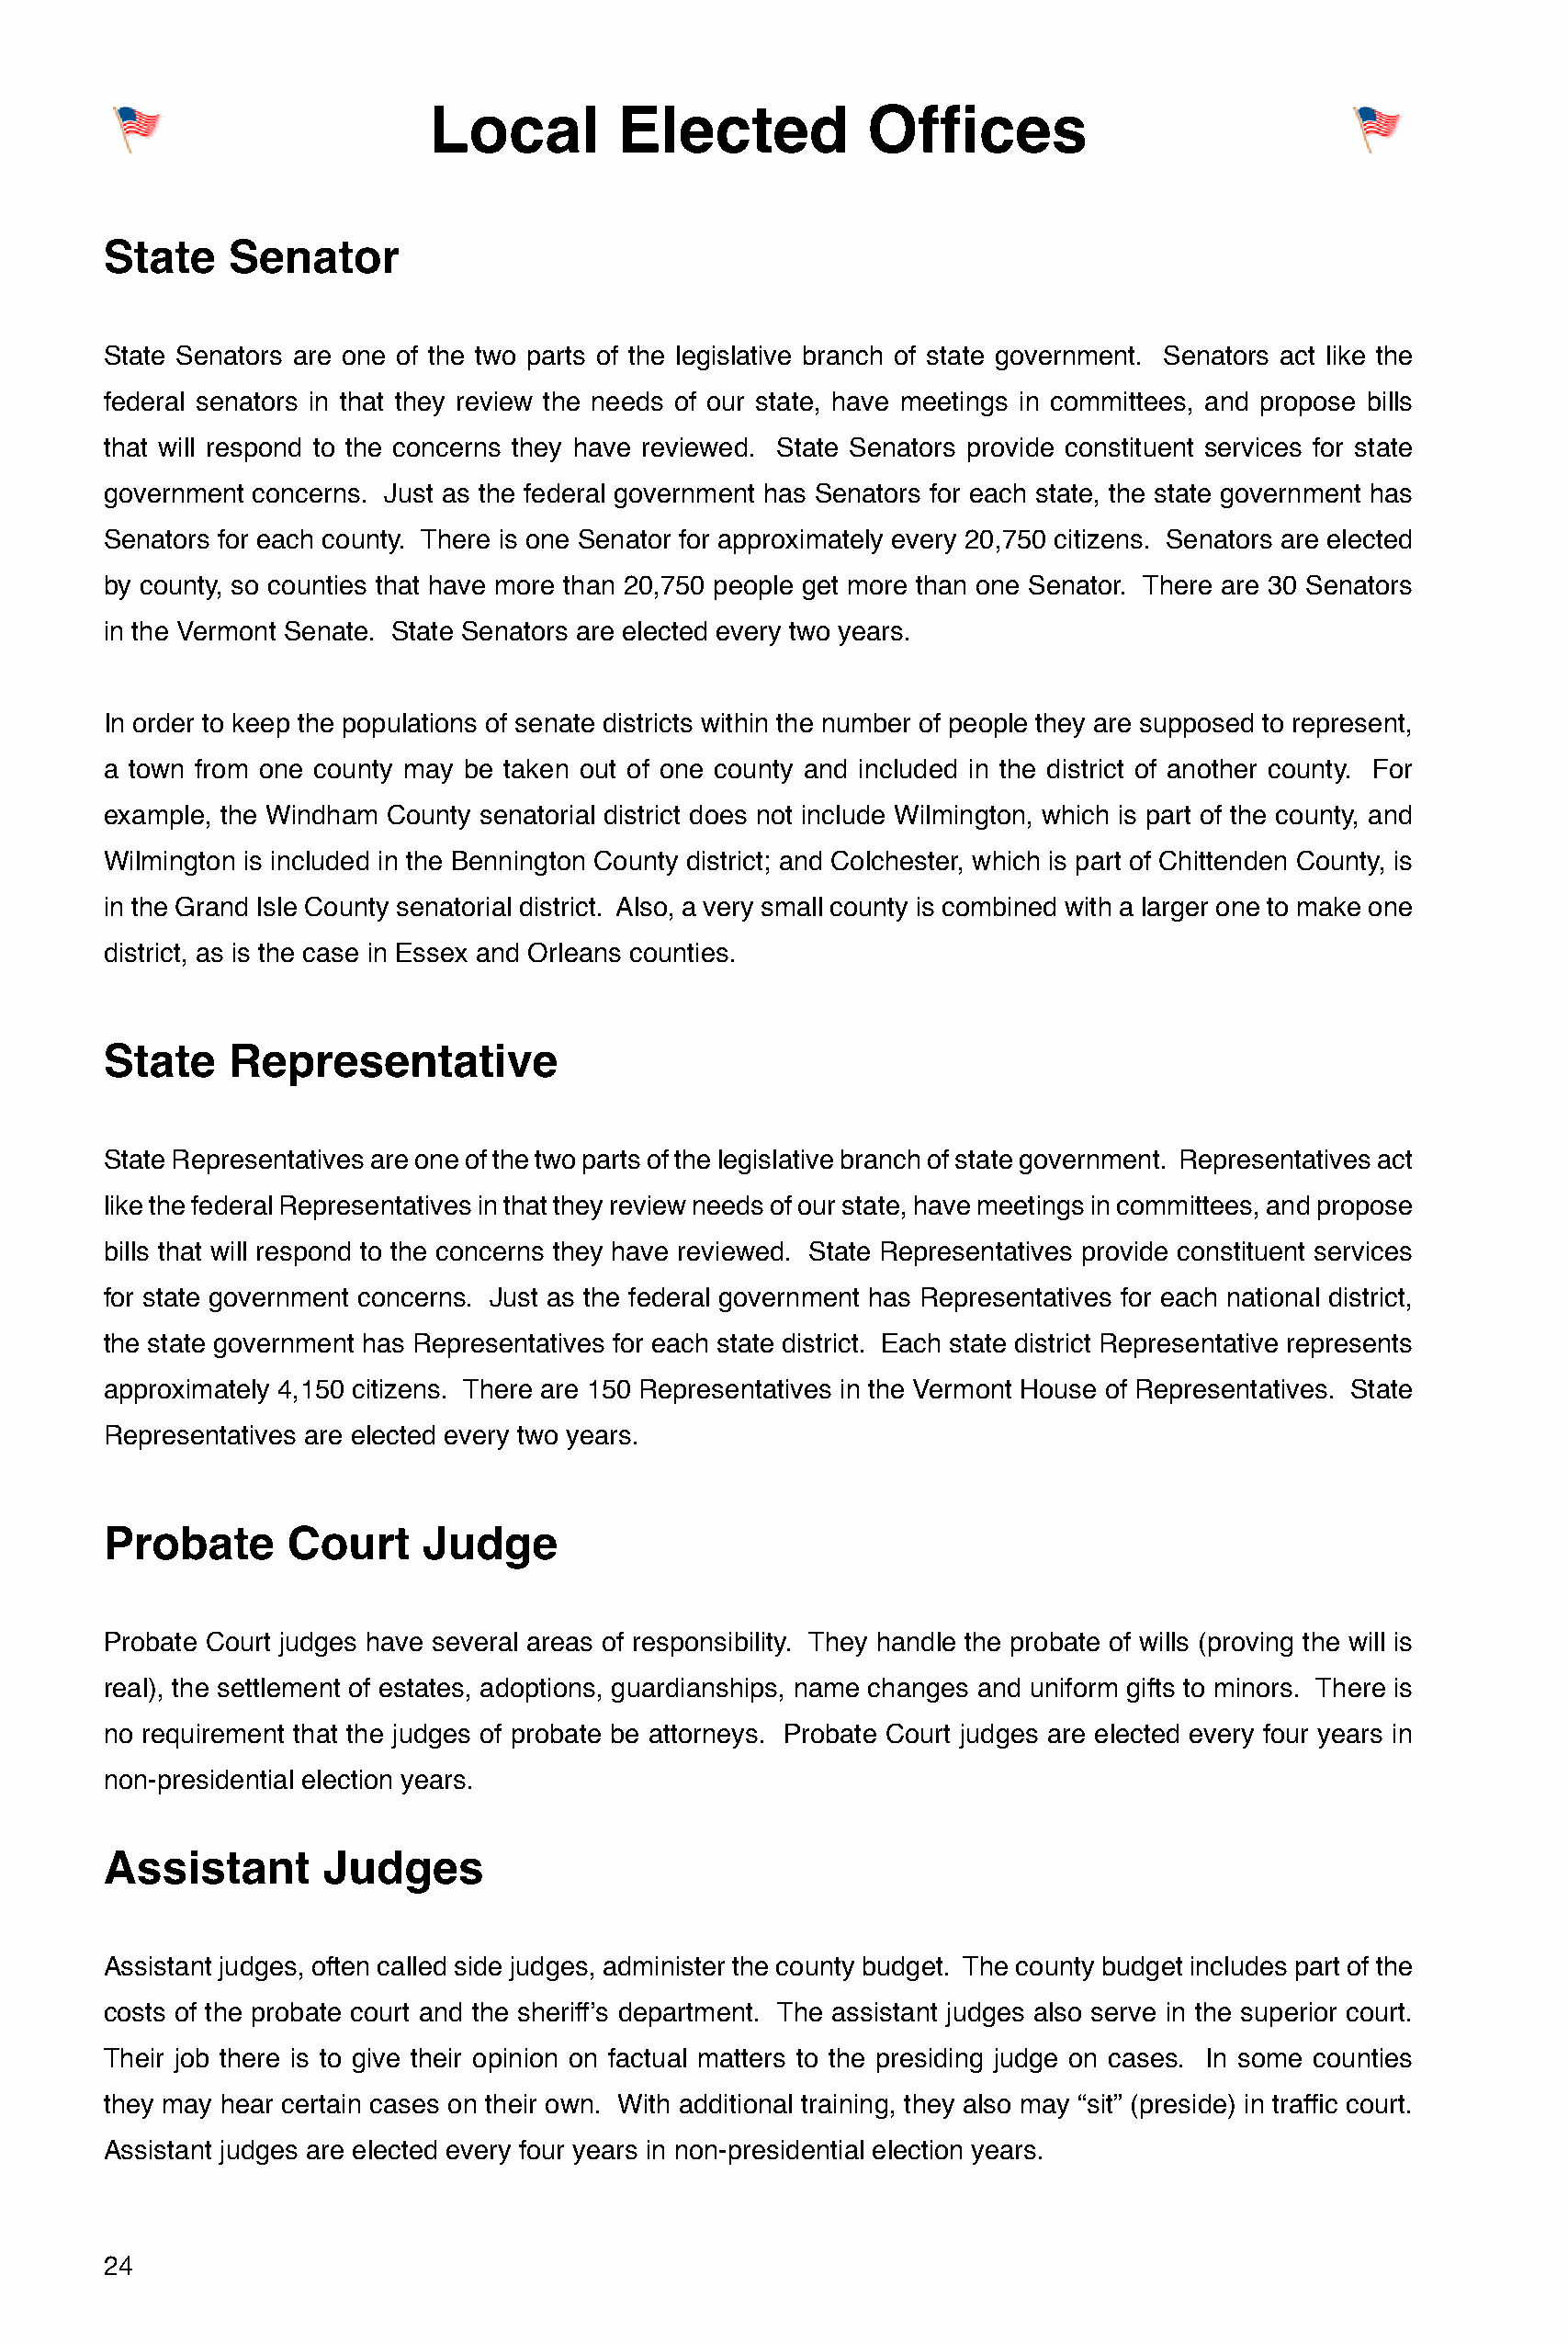
Local        Elected           Offices
 State    Senator
 State Senators are one of the two parts of the legislative branch of state government. Senators act like the
 federal senators in that they review the needs of our state, have meetings in committees, and propose bills
 that will respond to the concerns they have reviewed. State Senators provide constituent services for state
 government concerns. Just as the federal government has Senators for each state, the state government has
 Senators for each county. There is one Senator for approximately every 20,750 citizens. Senators are elected
 by county, so counties that have more than 20,750 people get more than one Senator. There are 30 Senators
 in the Vermont Senate. State Senators are elected every two years.
 In order to keep the populations of senate districts within the number of people they are supposed to represent,
 a town from one county may be taken out of one county and included in the district of another county. For
 example, the Windham County senatorial district does not include Wilmington, which is part of the county, and
 Wilmington is included in the Bennington County district; and Colchester, which is part of Chittenden County, is
 in the Grand Isle County senatorial district. Also, a very small county is combined with a larger one to make one
 district, as is the case in Essex and Orleans counties.
 State    Representative
 State Representatives are one of the two parts of the legislative branch of state government. Representatives act
 like the federal Representatives in that they review needs of our state, have meetings in committees, and propose
 bills that will respond to the concerns they have reviewed. State Representatives provide constituent services
 for state government concerns. Just as the federal government has Representatives for each national district,
 the state government has Representatives for each state district. Each state district Representative represents
 approximately 4,150 citizens. There are 150 Representatives in the Vermont House of Representatives. State
 Representatives are elected every two years.
 Probate       Court    Judge
 Probate Court judges have several areas of responsibility. They handle the probate of wills (proving the will is
 real), the settlement of estates, adoptions, guardianships, name changes and uniform gifts to minors. There is
 no requirement that the judges of probate be attorneys. Probate Court judges are elected every four years in
 non-presidential election years.
 Assistant       Judges
 Assistant judges, often called side judges, administer the county budget. The county budget includes part of the
 costs of the probate court and the sheriff’s department. The assistant judges also serve in the superior court.
 Their job there is to give their opinion on factual matters to the presiding judge on cases. In some counties
 they may hear certain cases on their own. With additional training, they also may “sit” (preside) in traffic court.
 Assistant judges are elected every four years in non-presidential election years.
 24